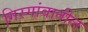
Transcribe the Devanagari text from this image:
गिरगांवातील